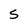
Character: S